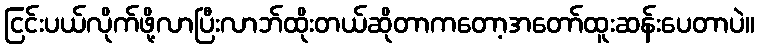
ငြင်းပယ်လိုက်ဖို့လာပြီးလာဘ်ထိုးတယ်ဆိုတာကတော့အတော်ထူးဆန်းပေတာပဲ။